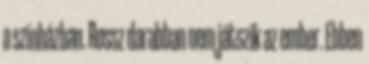
a színházban. Rossz darabban nem játszik az ember. Ebben